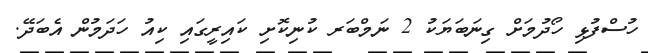
ހުސްފުޅި ހޯދުމަށް ގިނަބަޔަކު 2 ނަމްބަރ ކުނިކޮށި ކައިރީގައި ކިއު ހަދަމުން އެބަދޭ.